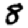
Digit: 8